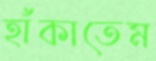
হাঁকাতেম